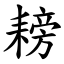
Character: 耪